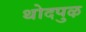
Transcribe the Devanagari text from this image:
थोदपुऴ